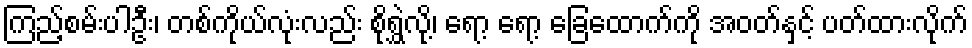
ကြည့်စမ်းပါဦး၊ တစ်ကိုယ်လုံးလည်း စိုရွှဲလို့၊ ရော့ ရော့ ခြေထောက်ကို အဝတ်နှင့် ပတ်ထားလိုက်